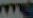
me